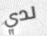
لدي